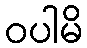
ဝပါမိ